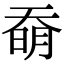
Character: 奣